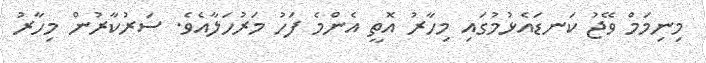
މިނިމަމް ވޭޖު ކަނޑައެޅުމުގައި މިހާރު އޮތީ އެންމެ ފަހު މަރުހަލާއެވެ. ސަރުކާރުން މިހާރު